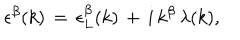
\epsilon ^ { \beta } ( k ) \, = \, \epsilon _ { L } ^ { \beta } ( k ) \, + \, i \, k ^ { \beta } \, \lambda ( k ) ,